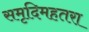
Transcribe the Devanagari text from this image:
समृदिमहतरा